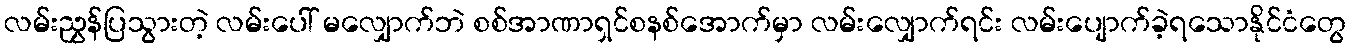
လမ်းညွှန်ပြသွားတဲ့ လမ်းပေါ် မလျှောက်ဘဲ စစ်အာဏာရှင်စနစ်အောက်မှာ လမ်းလျှောက်ရင်း လမ်းပျောက်ခဲ့ရသောနိုင်ငံတွေ